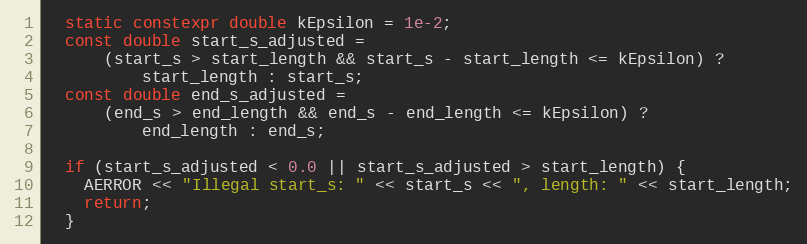
Language: C++
  static constexpr double kEpsilon = 1e-2;
  const double start_s_adjusted =
      (start_s > start_length && start_s - start_length <= kEpsilon) ?
          start_length : start_s;
  const double end_s_adjusted =
      (end_s > end_length && end_s - end_length <= kEpsilon) ?
          end_length : end_s;

  if (start_s_adjusted < 0.0 || start_s_adjusted > start_length) {
    AERROR << "Illegal start_s: " << start_s << ", length: " << start_length;
    return;
  }